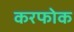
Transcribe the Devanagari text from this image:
करफोक